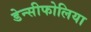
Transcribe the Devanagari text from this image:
डेन्सीफोलिया